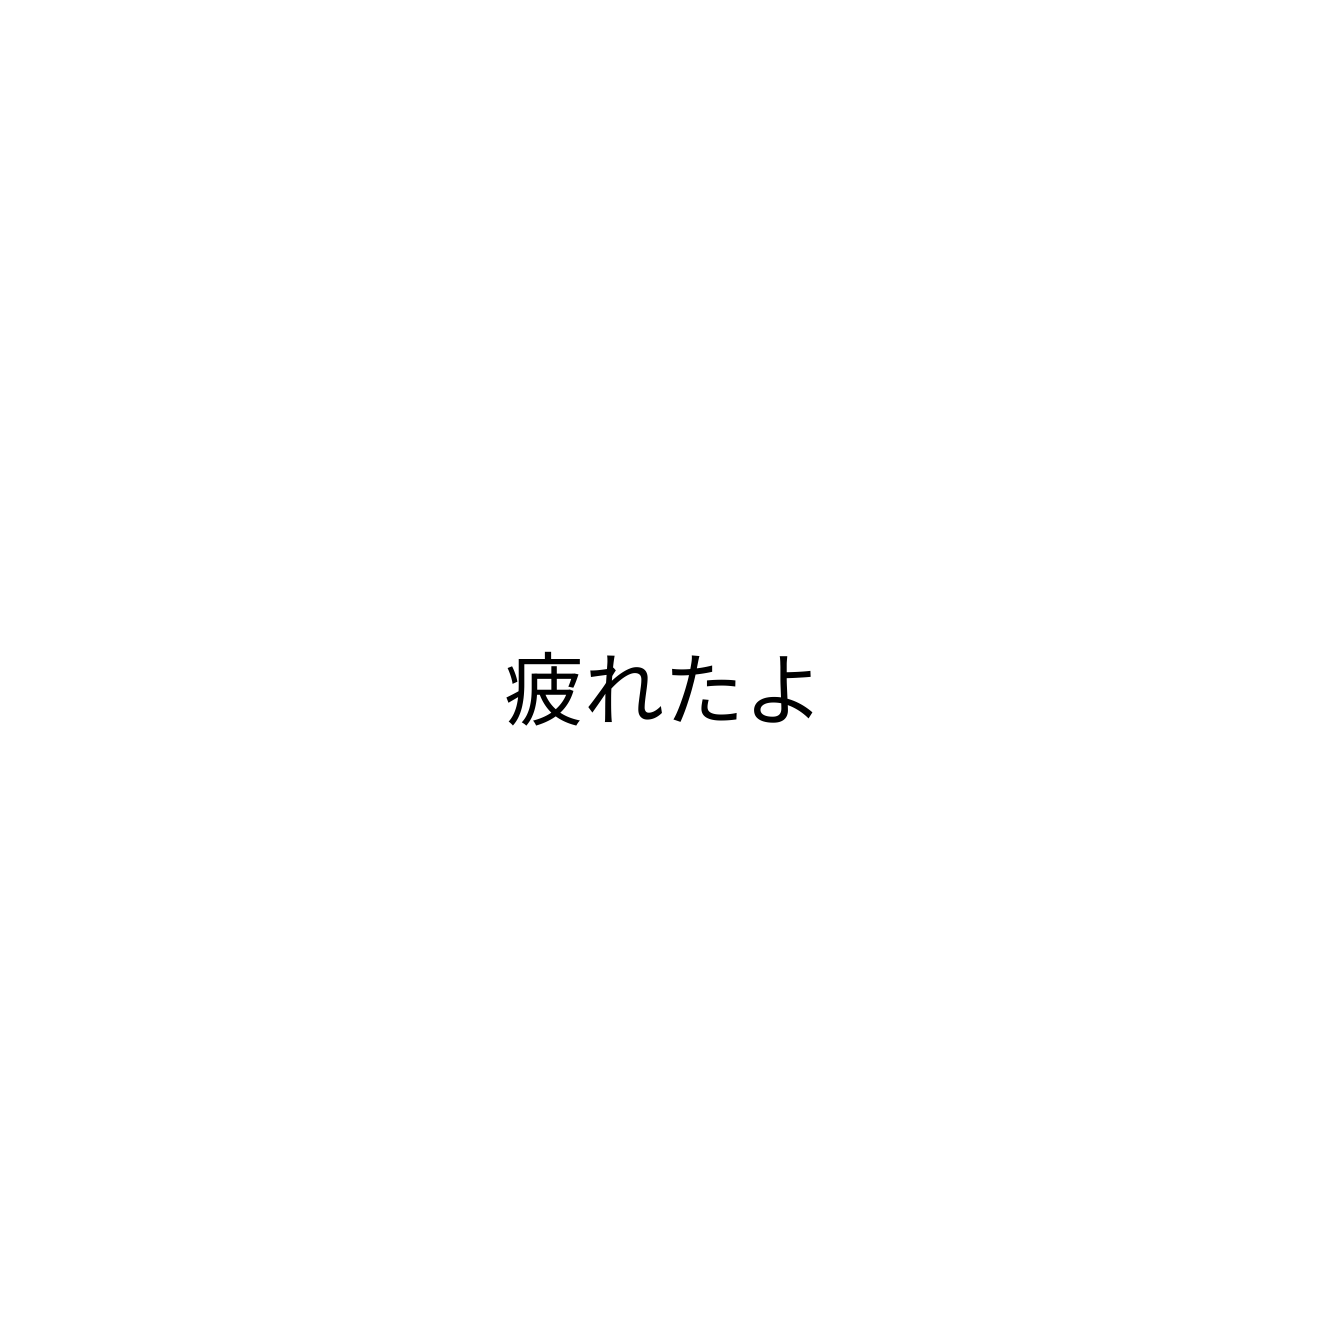
疲れたよ